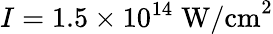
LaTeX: I=1.5\times 10^{14}\; \mathrm{W/cm}^{2}